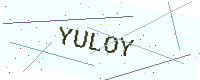
Text: YULOY